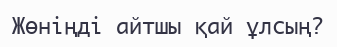
Жөніңді айтшы қай ұлсың?